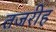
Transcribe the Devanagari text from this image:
तजरीह